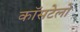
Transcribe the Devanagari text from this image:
कॉसटेलो